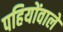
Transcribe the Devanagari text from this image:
पहियोंवाले